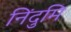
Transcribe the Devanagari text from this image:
निंदुमि